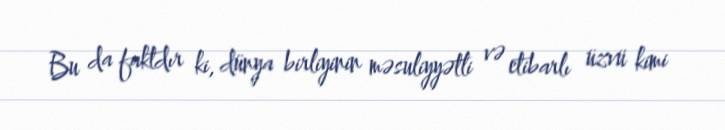
Bu da faktdır ki, dünya birliyinin məsuliyyətli və etibarlı üzvü kimi